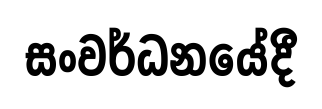
සංවර්ධනයේදී